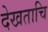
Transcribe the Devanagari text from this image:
देखताचि